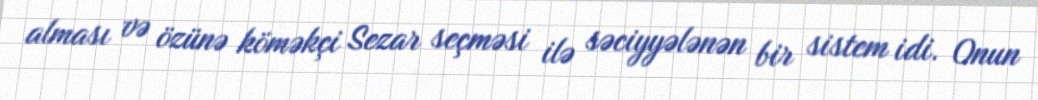
alması və özünə köməkçi Sezar seçməsi ilə səciyyələnən bir sistem idi. Onun